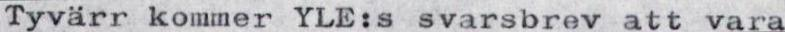
Tyvärr kommer YLE:s svarsbrev att vara